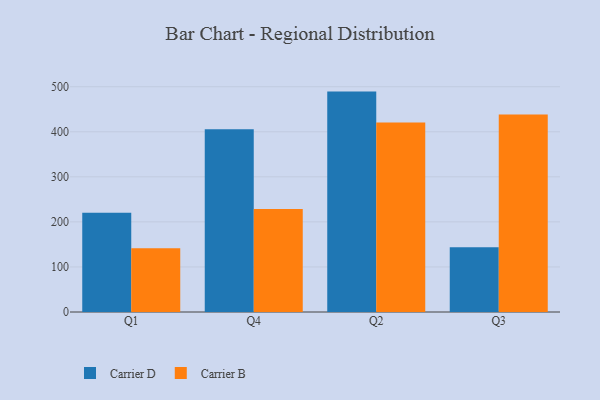
{"axis": {"x": "Quarter", "y": "Tickets Resolved"}, "legend": ["Carrier B", "Carrier D"], "data": [{"x": "Q1", "y": 220.3, "type": "Carrier D"}, {"x": "Q1", "y": 141.5, "type": "Carrier B"}, {"x": "Q4", "y": 405.5, "type": "Carrier D"}, {"x": "Q4", "y": 228.8, "type": "Carrier B"}, {"x": "Q2", "y": 489.2, "type": "Carrier D"}, {"x": "Q2", "y": 420.5, "type": "Carrier B"}, {"x": "Q3", "y": 143.5, "type": "Carrier D"}, {"x": "Q3", "y": 438.2, "type": "Carrier B"}]}